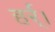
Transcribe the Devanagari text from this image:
हर्र्।